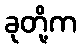
ခုတို့က